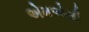
એમએસી